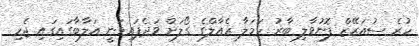
ހުރެ ސުއަރޭޒް ފޮނުވާލި ބާރު ހަމަލާ ރެއާލްގެ ގޯލަށް ވަދެފައިވަނީ އަލާބާގައިގައި ޖެހި